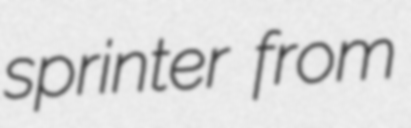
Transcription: sprinter from